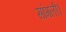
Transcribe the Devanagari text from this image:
सांगली।